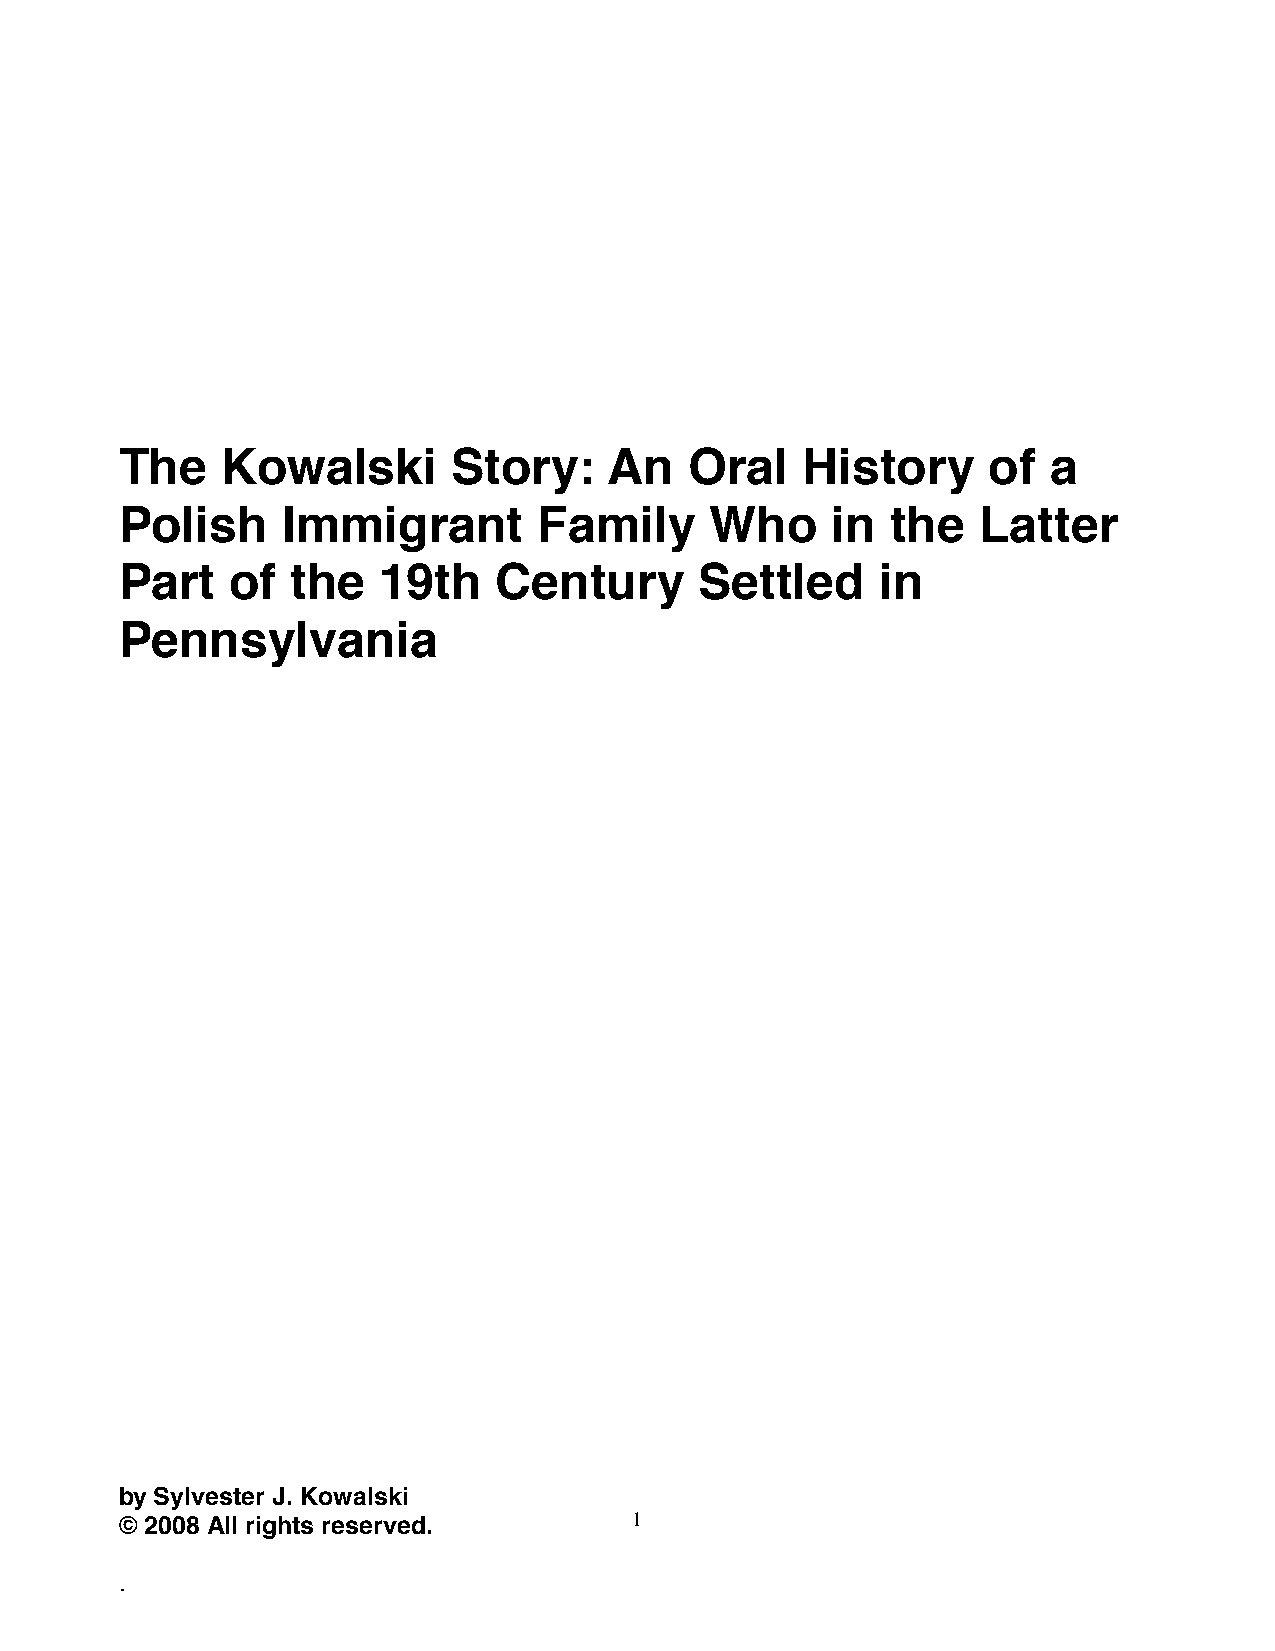

 
 
 
 
 The    Kowalski       Story:    An    Oral   History     of   a
 Polish     Immigrant        Family     Who     in  the   Latter
 Part   of  the   19th    Century      Settled     in
 Pennsylvania
 
 
 
 
 
 
 
 
 
 
 
 
 
 
 
 by Sylvester J. Kowalski
 © 2008 All rights reserved.       1
 .